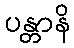
ပန္တာနိ